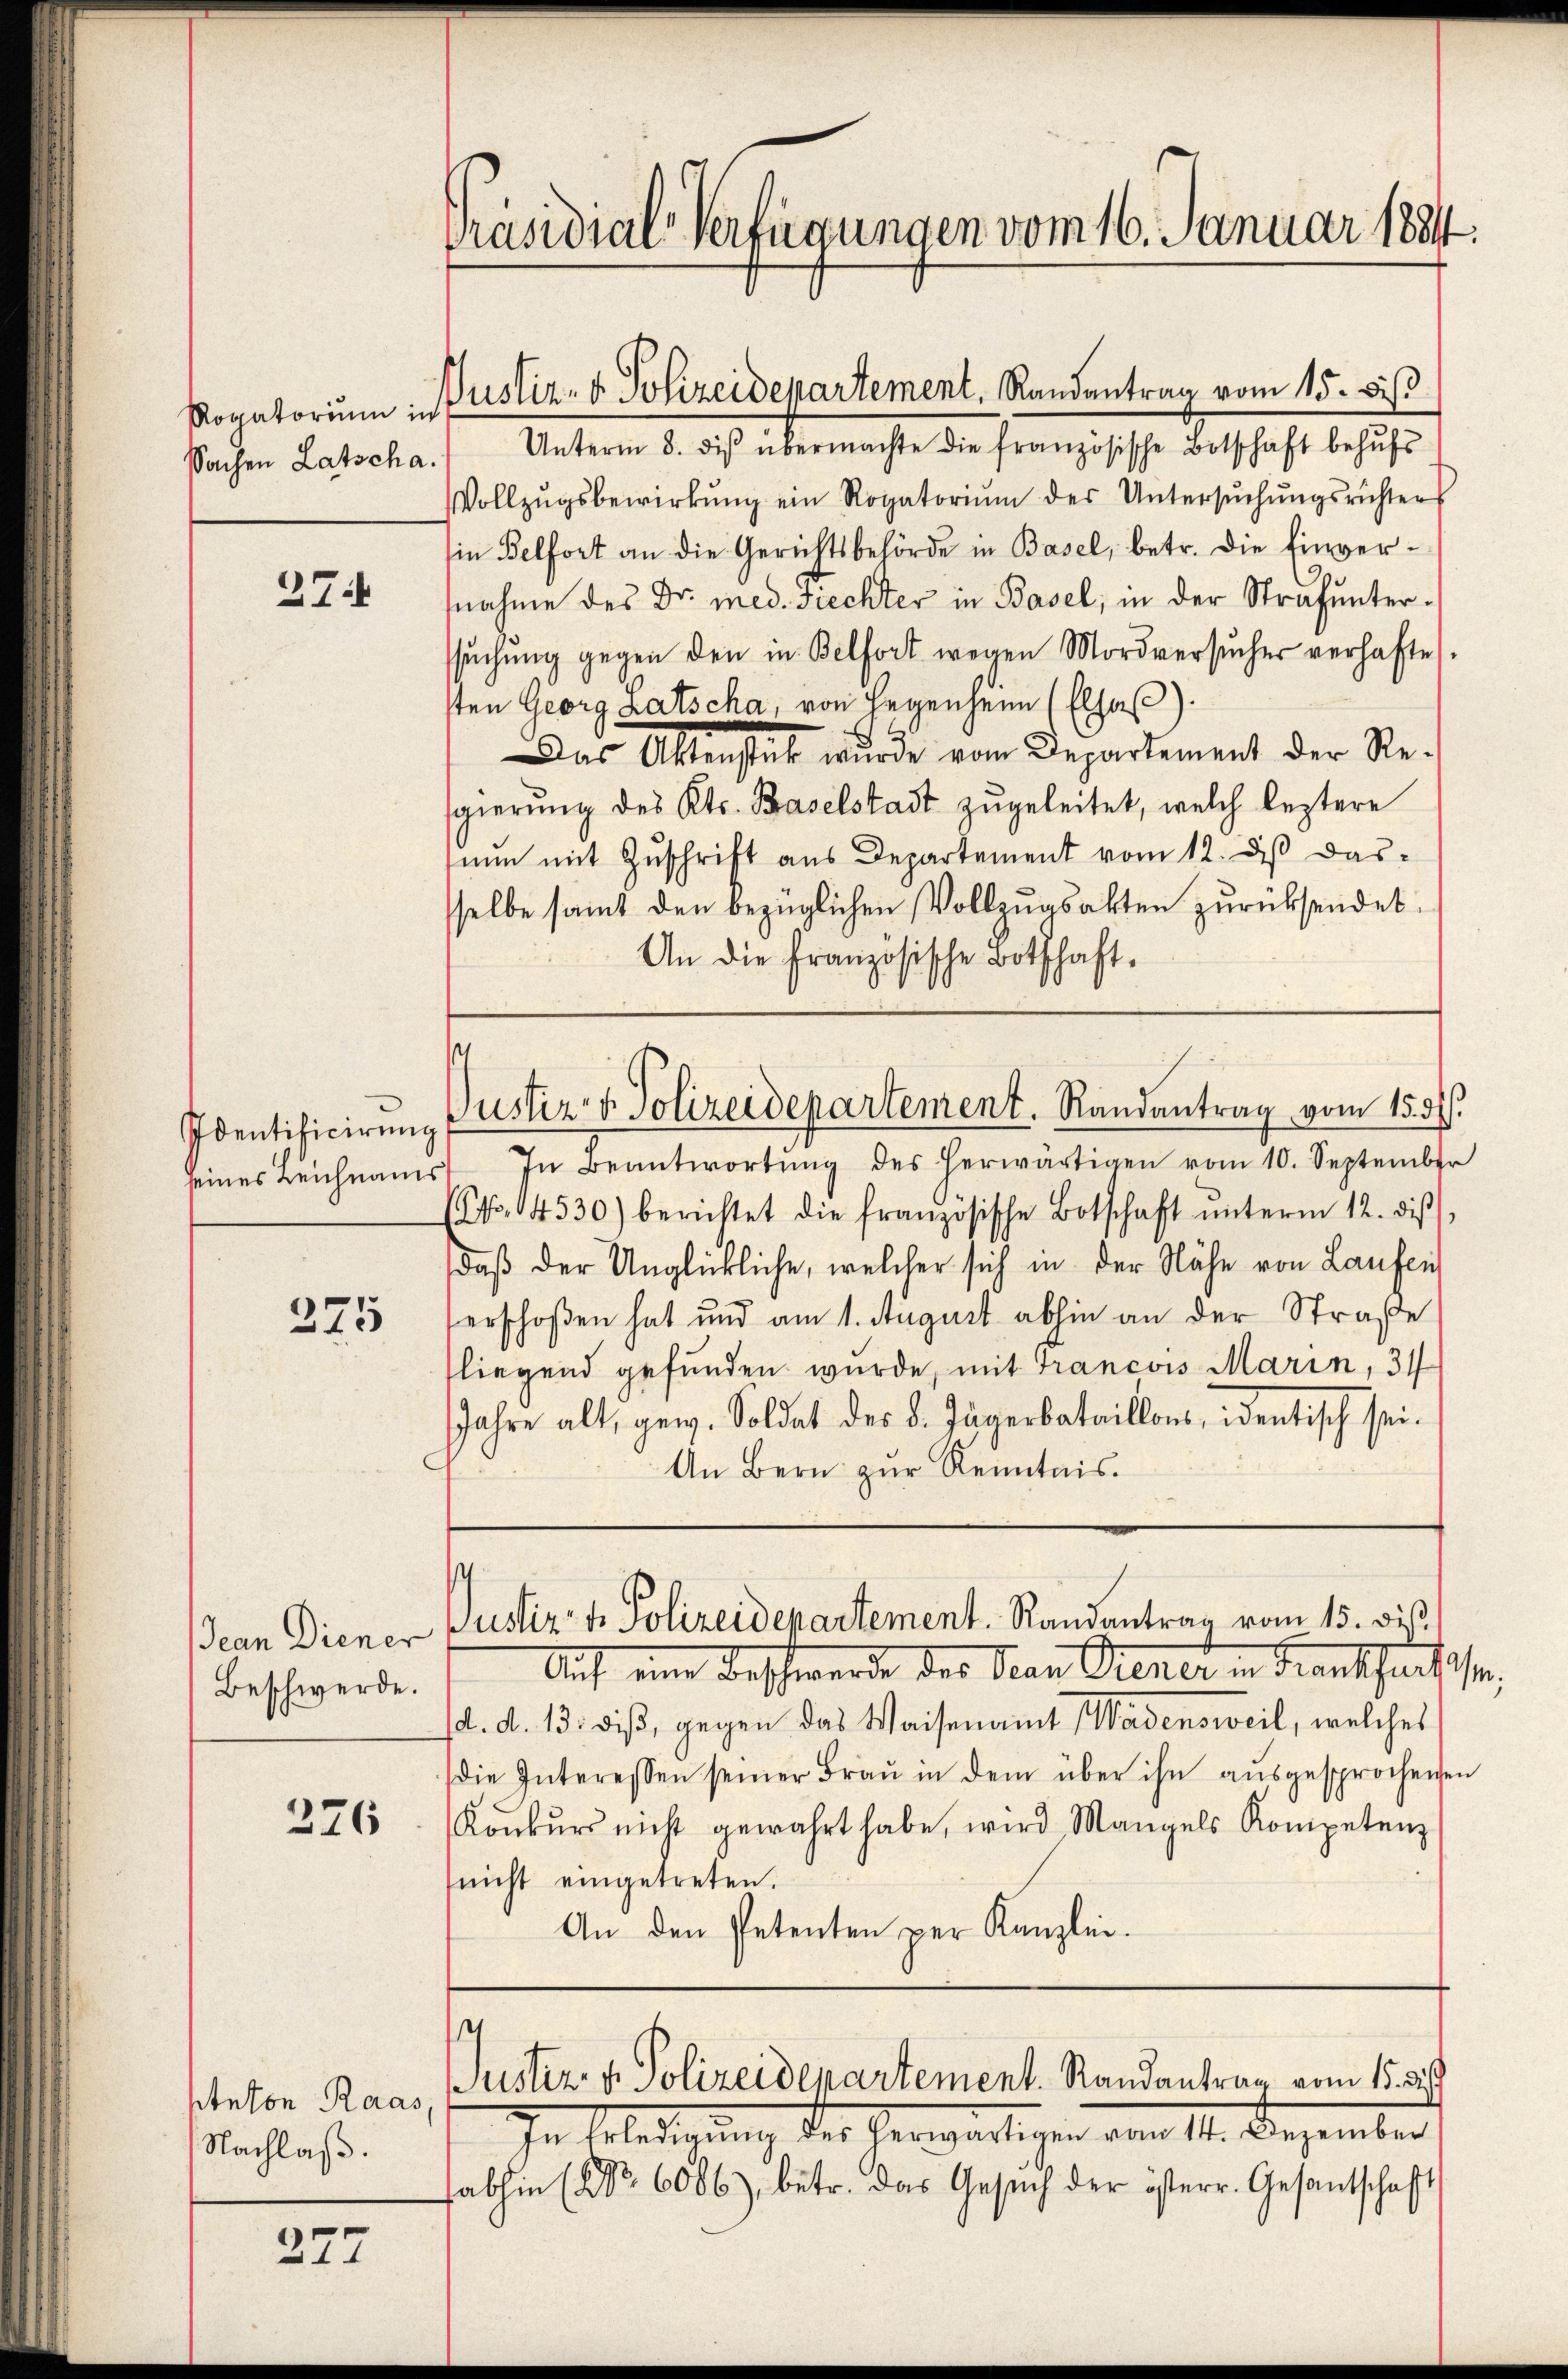
Rogatorium in
Sachen Latscha.

27.

375

Jean Diener
Beschwerde.

276

Anton Raas,
Nachlaß.

277

Präsidial-Verfügungen vom 16. Januar 1881.

Justiz- & Polizeidepartement, Randantrag vom 15. bis

Unterm 8. diβ übermachte die französische Botschaft behŭfs
Vollzŭgsbewirkŭng ein Rogatoriŭm der Untersŭchŭngsrichter
in Belfort an die Gerichtsbehörde in Basel, betr. die Einvernahme des Dr. med. Frechter in Basel, in der Strafunterssŭchŭng gegen den in Belfort wegen Mordversŭcher verhafte.
sten Georg Latscha, von Ergenheim (Elsaß)
Das Aktenstük wurde vom Departement der Re-
gierung des Kts. Baselstadt zugeleitet, welch leztere
nun mit Zuschrift aus Departement vom 12. daß das
sselbe samt den bezüglichen Vollzugsakten zurücksendet.
An die Französische Botschaft.

¬
Identificirung Pustiz- & Polizeidepartement. Randantrag vom 15. 31.

seines Leichnamst In Beantwortŭng des herwärtigen vom 10. September
(No. 14530) berichtet die französische Botschaft ŭnterm 12. dis
daß der Unglückliche, welcher sich in der Nähe von Laufen
erschoßen hat und am 1. August abhin an der Straße
fliegend gefunden wurde, mit Trancois Marin, 31
Jahre alt, gew. Soldat des 8. Jägerbataillons, identisch sei.
An Bern zur Rentais.

s
Justiz- & Polizeidepartement. Randantrag vom 15. dis

Auf eine Beschwerde des Nan Gener in Frankhaufen,
d. d. 13. diß, gegen das Waisenamt Wädensweil, welches
die Interessen seiner Fraŭ in dem über ihn aŭsgesprochenen
Konkŭrs nicht gewahrt habe, wird Mangels Kompetenz
nicht eingetreten.
An den Petenten per Kanzlei.

¬
Justiz- & Polizeidepartement. Randantrag vom 15. di

In Erledigung der herwärtigen vom 11. Dezember
abhin (No. 6086), betr. das Gesuch der österr. Gesantschaft